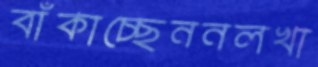
বাঁকাচ্ছেননলখা